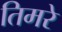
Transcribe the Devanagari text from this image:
तिमरे